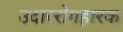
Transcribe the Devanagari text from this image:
उदाररोगहारक